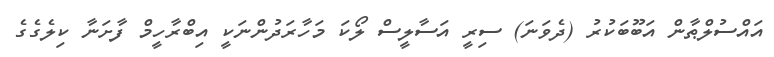
އައްސުލްޠާން އަބޫބަކުރު (ދެވަނަ) ސިރީ އަސާލީސް ލޯކަ މަހާރަދުންނަކީ އިބްރާހީމް ފާށަނާ ކިލެގެގެ